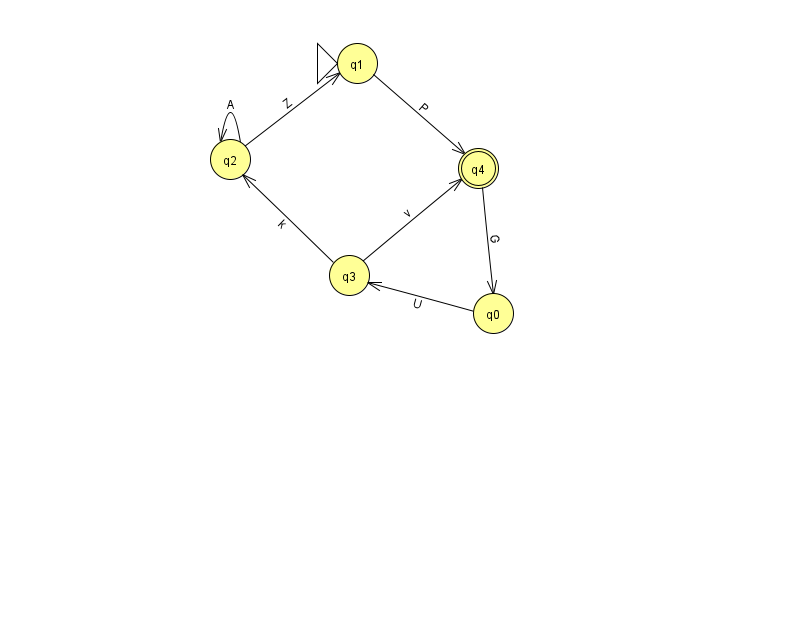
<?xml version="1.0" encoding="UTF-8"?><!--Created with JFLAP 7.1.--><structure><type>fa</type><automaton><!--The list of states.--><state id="0" name="q0"><x>493.0</x><y>300.0</y></state><state id="1" name="q1"><x>357.0</x><y>50.0</y><initial/></state><state id="2" name="q2"><x>230.0</x><y>146.0</y></state><state id="3" name="q3"><x>349.0</x><y>262.0</y></state><state id="4" name="q4"><x>478.0</x><y>155.0</y><final/></state><!--The list of transitions.--><transition><from>1</from><to>4</to><read>P</read></transition><transition><from>2</from><to>2</to><read>A</read></transition><transition><from>4</from><to>0</to><read>G</read></transition><transition><from>0</from><to>3</to><read>U</read></transition><transition><from>2</from><to>1</to><read>Z</read></transition><transition><from>3</from><to>2</to><read>k</read></transition><transition><from>3</from><to>4</to><read>v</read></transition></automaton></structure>